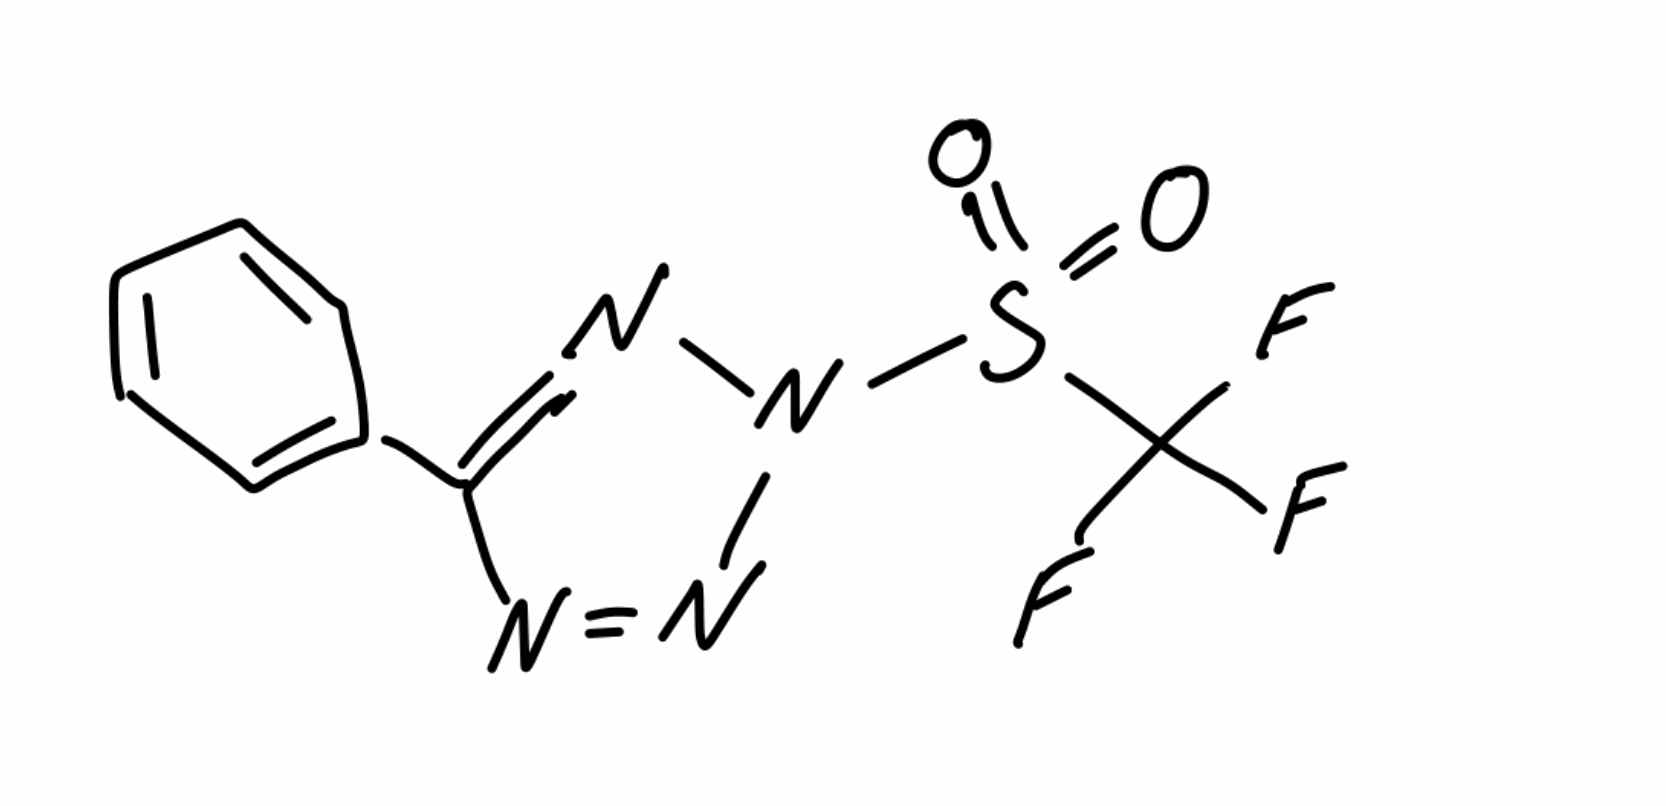
Simplified molecular-input line-entry system (SMILES) notation of the given molecule:
C1=CC=C(C=C1)C2=NN(N=N2)S(=O)(=O)C(F)(F)F